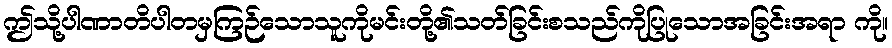
ဤသို့ပါဏာတိပါတမှကြဉ်သောသူကိုမင်းတို့၏သတ်ခြင်းစသည်ကိုပြုသောအခြင်းအရာ ကို။